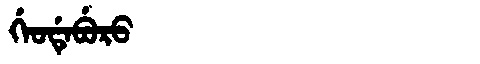
Manchu: ᡤᡝᠣᡩᡝᠪᡠᡵᠣ
Romanization: GEODEBURO